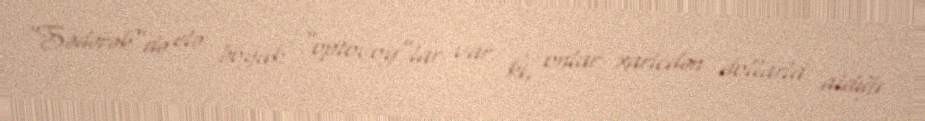
“Sədərək”də elə böyük “optovoy”lar var ki, onlar xaricdən dollarla aldığı